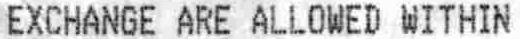
EXCHANGE ARE ALLOWED WITHIN